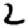
Digit: 2